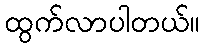
ထွက်လာပါတယ်။